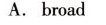
A.broad